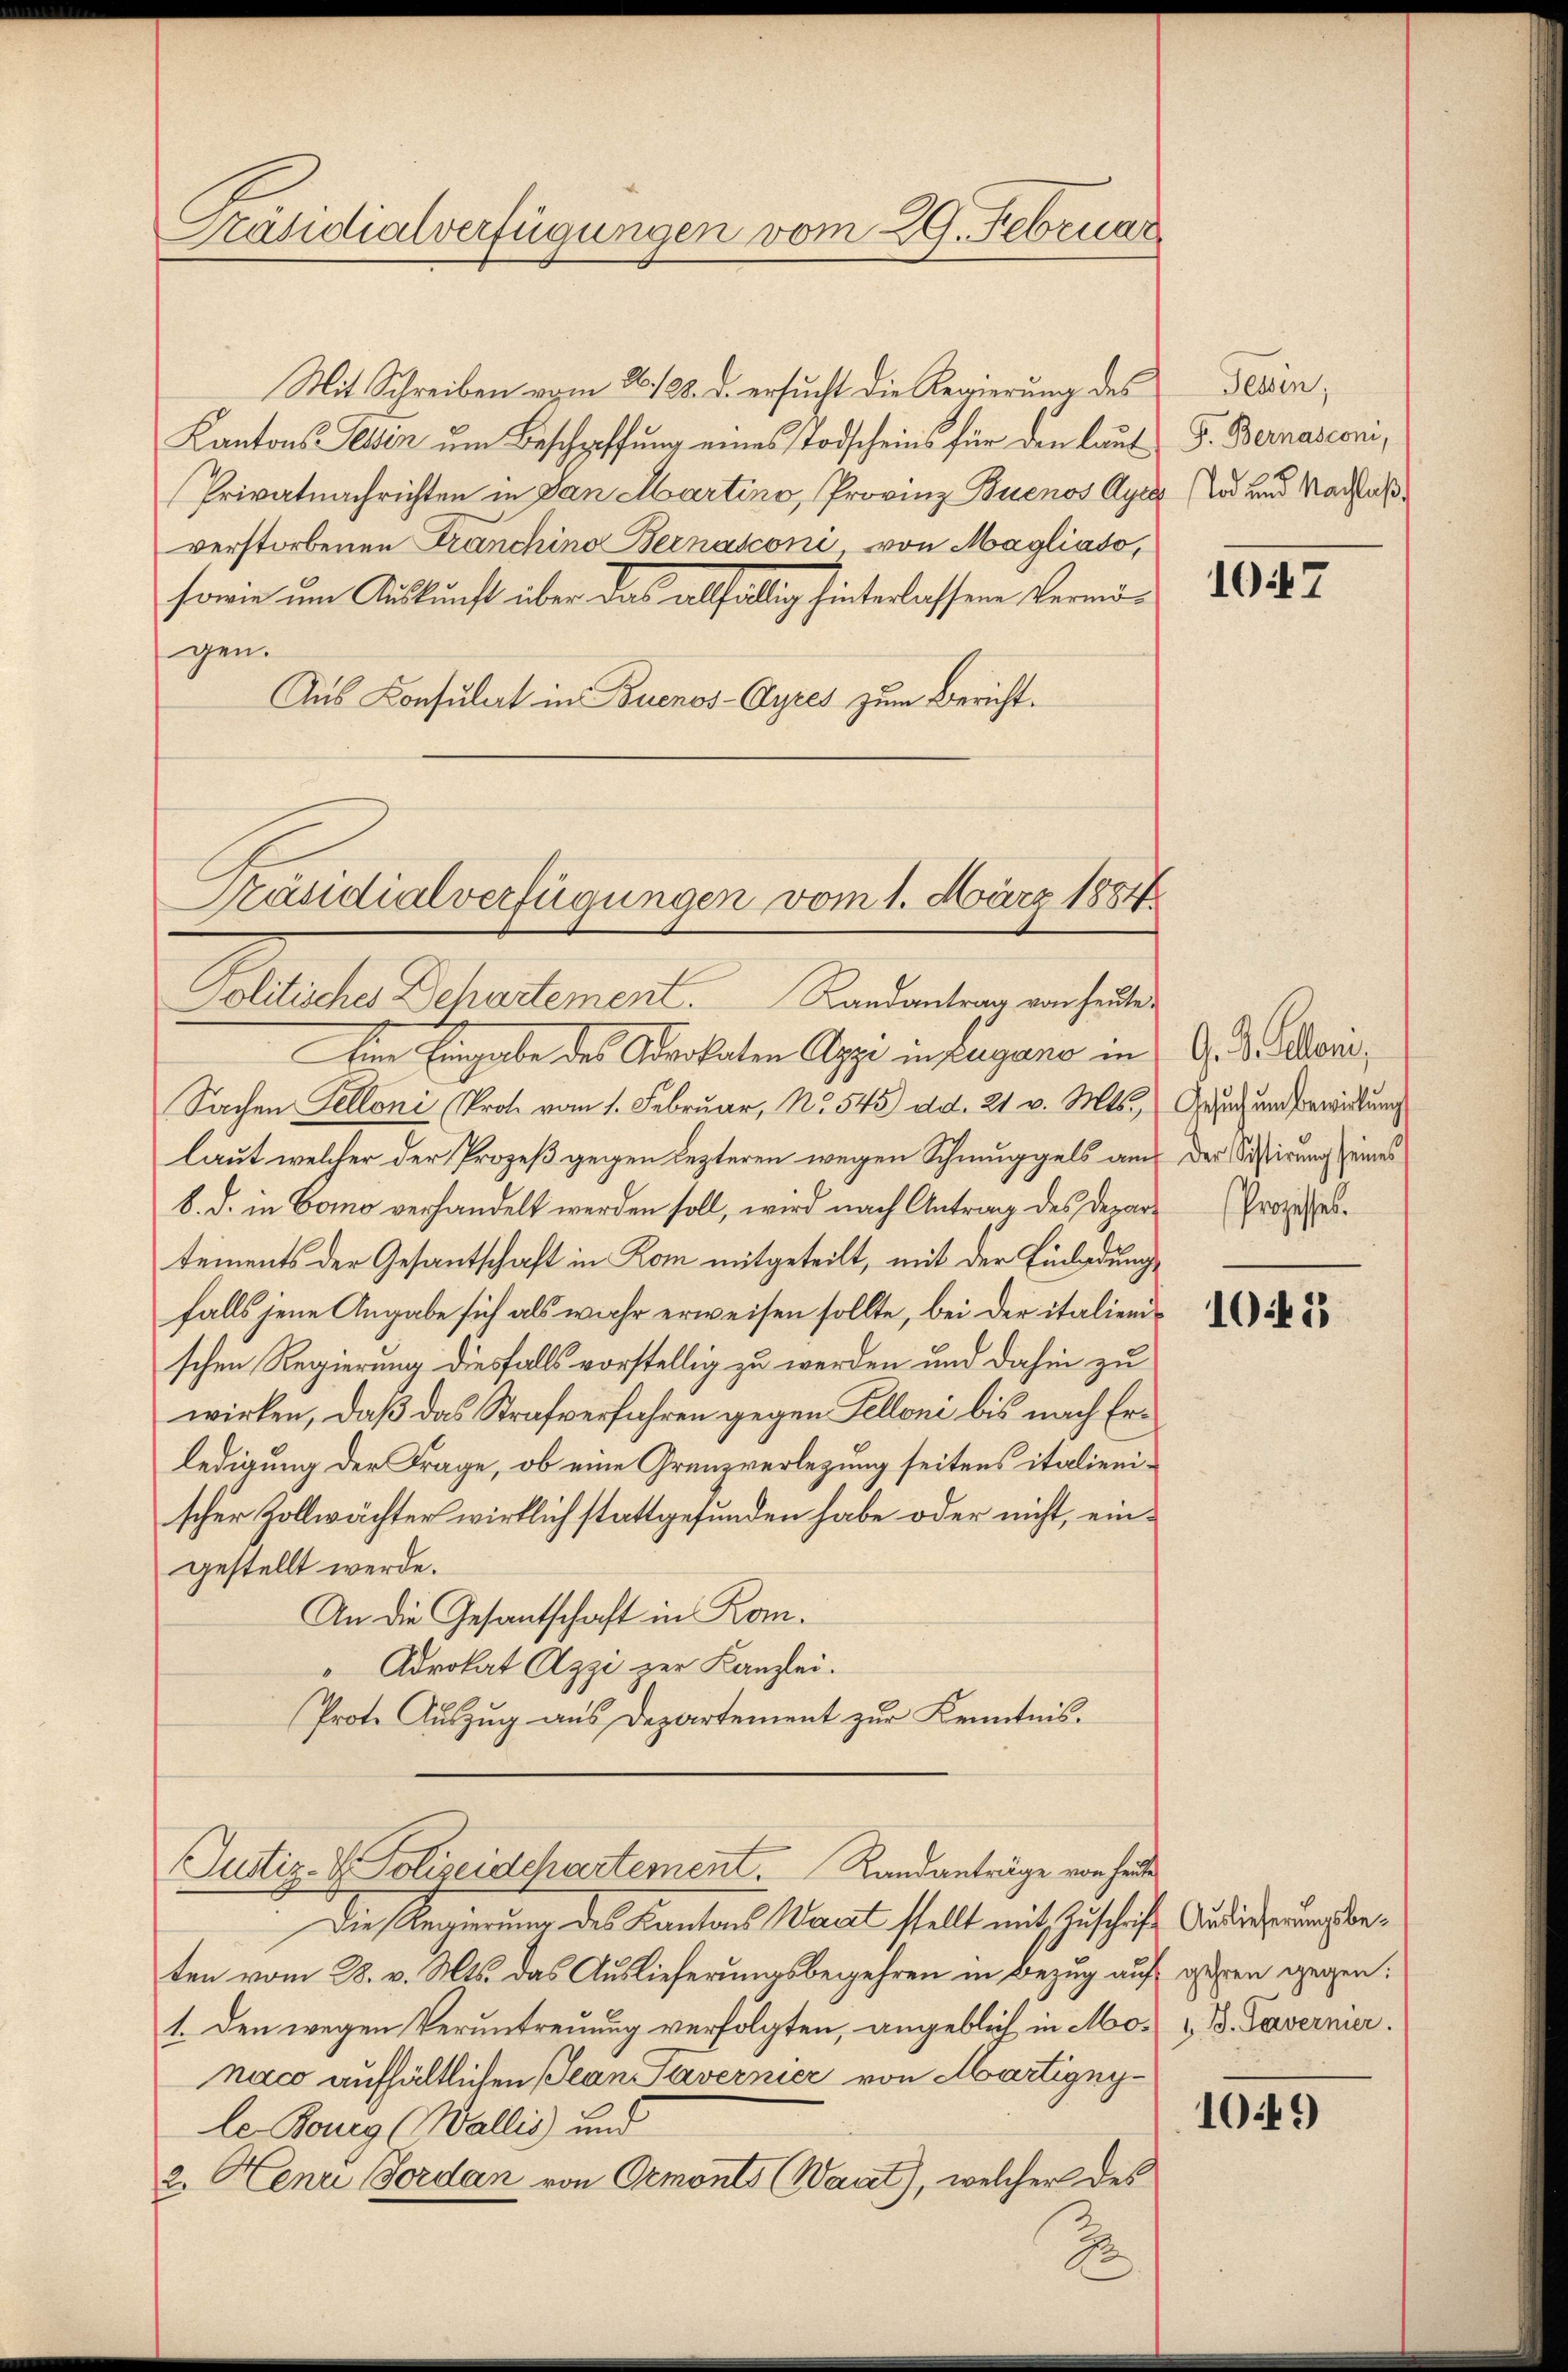
Präsidialverfügungen vom 29. Februar

Mit Schreiben vom 26./23. d. ersucht die Regierung des
Kantons- Elsen um Beschaffung eines Todscheins für den laut
Privatnachrichten in San Martino, Provinz Buenos Ayrs Tod und Nachlaßverstorbenen Franchino Bernasconi von Magliato,
sowie um Auskunft über das alfällig hinterlassene Vermögen.
Aus Konsulat in Buenos-Ayres zum Bericht.
Dem Eingabe des Advokaten Appe in Lugano in G. B. Alois,
Sachen Telloni (Prot. vom 1. Februar, No. 545) d.d. 21. v. Mts.,
laut welcher der Prozeß gegen lezteren wegen Schmuggels au der Sistirung seines
8. d. in Como verhandelt werden soll, wird nach Antrag des Depart Prozess
tements der Gesantschaft in Kom mitgeteilt, mit der Einladung
falls jene Angabe sich als wahr erweisen sollte, bei der italienschen Regierung diesfalls vorstellig zu werden und dahin zu
wirken, daß das Strafverfahren gegen Felloni bis nach Erledigung der Frage, ob eine Grenzverlegung seitens italienischer Zollwächter wirklich stattgefunden habe oder nicht, eingestellt werde.
An die Gesantschaft in Ko¬
Advokat Azzi zur Kanzlei.
0
Prote Auszug aus Departement zur Kenntnis.
Justiz- & Polizeidchartement. Randanträge von heute
Die Regierung des Kantons Wait stellt mit Zuschrift Audierungsbeten vom 28. v. Mts. das Auslieferungsbegehren in Bezug auf gehen gegen:
1. Den wegen Veruntreuung verfolgten, angeblich in Mo- u B. Taverner.
naco aufhältlichen Jean Savernier von Martignyle-Boueg (Wallis und
2. Henri Forden von Ormonts (Waat), welcher des

Präsidialverfügungen vom 1. März 1884
Politisches Dehartement. Landantrag von heute

2

Tessin,
F. Bernasconi,

107

Gesuch um Bewirkung

1045

1049